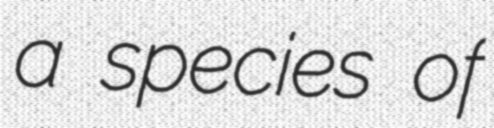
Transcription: a species of